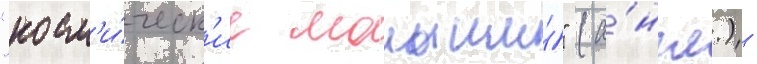
"косм'и́ческ'ие малыши́" (а́нгл.) -